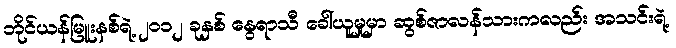
ဘိုင်ယန်မြူးနစ်ရဲ့ ၂၀၁၂ ခုနှစ် နွေရာသီ ခေါ်ယူမှုမှာ ဆွစ်ဇာလန်သားကလည်း အသင်းရဲ့